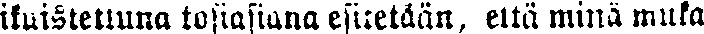
ikuistettuna tosiasiana esitetään, että minä muka